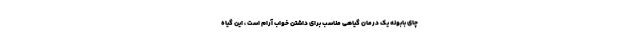
چای بابونه یک درمان گیاهی مناسب برای داشتن خواب آرام است ، این گیاه